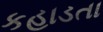
કહાડતા